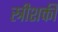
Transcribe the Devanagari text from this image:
स्त्रीशक्ती